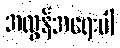
အလွန်အရေးပါ